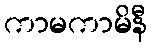
ကာမကာမိနီ